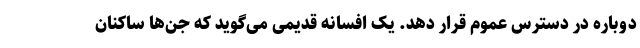
دوباره در دسترس عموم قرار دهد. یک افسانه قدیمی می‌گوید که جن‌ها ساکنان